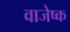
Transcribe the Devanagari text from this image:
वाजेष्क